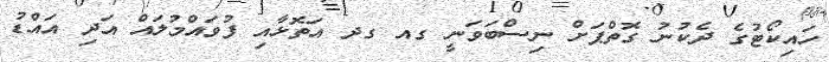
ހައިކޯޓުގެ ދެކުނު ގޮތްޕަށް ނިސްބަވަނީ ގއ ގދ އަތޮޅާއި ފުވައްމުލައް އަދި އައްޑު